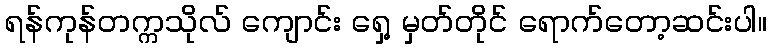
ရန်ကုန်တက္ကသိုလ် ကျောင်း ရှေ့ မှတ်တိုင် ရောက်တော့ဆင်းပါ။